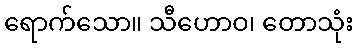
ရောက်သော။ သီဟောဝ၊ တောသုံး